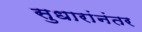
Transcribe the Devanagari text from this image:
सुधारांनंतर